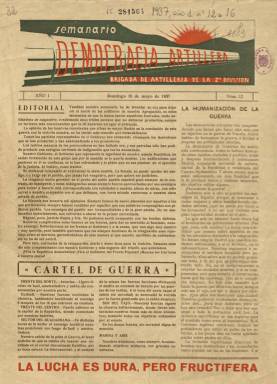
Título: Democracia artillera
Colección: Guerra civil || Periódicos
Ámbito geográfico: Madrid
Lugar de publicación: Madrid
Fechas: 16/05/1937-02/08/1937

Semanario de la Brigada de Artillería de la 2ª División del Ejército Popular de la República Española, que comenzó a publicarse el 23 de febrero de 1937. Su administración y redacción se encontraban en el puesto del mando militar de la citada unidad, en Collado Mediano, en la Sierra Norte del Frente de Madrid, formando parte del denominado Ejército del Centro. Su administrador y redactor-jefe fue el capitán de Artillería José Morales Lozano, y tuvo como colaboradores fijos al comisario de la Brigada (o Agrupación), Francisco Rodríguez; al del Grupo Ligero, J.A. Cobos; al del Grupo Pesado, Emilio Armela; al delegado de la Plana Mayor, Pedro Flores Vergara, y al de la 1ª, Torcuato Pérez Navalón, así como al teniente de Artillería Francisco Moreno Ufano. Se trata de un periódico militar de la guerra civil “modesto”, pero con “buenas dimensiones”, elaborado por “mandos medios” del ejército republicano, que siguieron para su edición las directrices emanadas del Subcomisariado de Propaganda (Núñez Díaz-Balart: 1992).

Su colección en la Biblioteca Nacional de España (BNE) comienza con su número 12, correspondiente al domingo, 16 de mayo de 1937, cuando rediseña su estructura formal y de contenidos. Sus cuatro páginas por entrega, compuestas a cuatro columnas, son ahora estampadas en papel cuché, su cabecera a dos tintas de color, y comenzará a insertar ilustraciones, como fotograbados y chistes gráficos. Aumenta también sus colaboraciones, además de ceñirse más a la vida de la propia unidad, a sus hechos de guerra y a sus integrantes, reforzando su lealtad al Frente Popular y su antifascismo, tal como señala su editorial de esa entrega y el de la siguiente (número 13, de 24 de mayo, apareciendo a partir de ahora cada lunes). Este cambio se produce tras los enfrentamientos de los grupos revolucionarios anarquistas y trotskistas contra la legalidad del gobierno republicano, conocidos como los Sucesos de Mayo.

Su primera plana comienza siempre con el artículo Editorial, algún otro artículo de carácter militar o político o una tira de humor gráfico. Cuenta con secciones como Cartel de guerra, con las noticias más destacadas sobre los hechos de los frentes de batalla; Estopinazos, que sustituye a una anterior denominada ¡¡Ja, ja, ja!!, en la que se ofrecen comentarios irónicos sobre noticias capturadas al enemigo; Trazos, de creación literaria, con poemas; Voces artilleras, Nuestros comisarios, Higiene del combatiente, Iniciativa o Noticias de última hora. También abre un concurso de colaboraciones. Y añade lemas para los combatientes.

Bajo sus textos aparecen también otras firmas, como las de Edmundo Martín, Graciano García Saavedra, Javier Soria, A. Alberdi o la del sargento de Artillería Abilio Egido, así como seudónimos, sólo apellidos o anagramas, como Fran-ro-go, Navalón, Bravo, Amores (comandante Principal), Estopín, Zimog o Diógenes. A veces quien firma es La Redacción.

Sólo en el número 16, de dos de agosto, y última entrega de la colección, aparece indicado el pie de imprenta, que corresponde a Imprenta Gráfica Administrativa, sita en la calle Caracas, de Madrid. También se conoce un número extraordinario, de mayo de ese año 1937, impreso por Rivadeneyra, sobre papel satinado y muy ilustrado con fotograbados y dibujos.

Este título debió dejar de publicarse en esa fecha, reapareciendo el uno de diciembre de 1937, reiniciando la numeración de sus entregas y con la indicación de que ahora era “órgano” quincenal de toda la “Artillería del Primer Cuerpo del Ejército”. Estos números son de doce páginas, compuestas a tres columnas, también estampadas en papel cuché e ilustradas. De esta segunda etapa se conoce hasta el número 4, de febrero de 1938, cuando tiene periodicidad mensual.